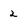
Character: 2